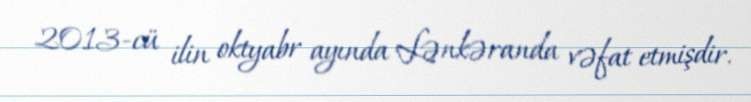
2013-cü ilin oktyabr ayında Lənkəranda vəfat etmişdir.